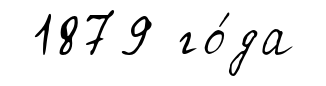
1879 го́да